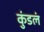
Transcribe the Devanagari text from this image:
कुंडलं